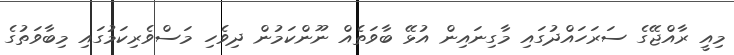
މިއީ ރާއްޖޭގެ ސަރަހައްދުގައި މާގިނައިން އުޅޭ ބާވަތެއް ނޫންކަމުން ދިވެހި މަސްވެރިކަމުގައި މިބާވަތުގެ